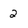
Character: 2